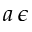
a \, \epsilon